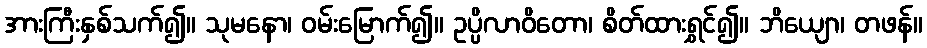
အားကြီးနှစ်သက်၍။ သုမနော၊ ဝမ်းမြောက်၍။ ဥပ္ပိလာဝိတော၊ စိတ်ထားရွှင်၍။ ဘိယျော၊ တဖန်။